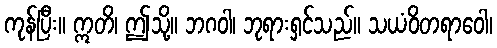
ကုန်ပြီး။ ဣတိ၊ ဤသို့။ ဘဂဝါ၊ ဘုရားရှင်သည်။ သယံဝိတရာဝေါ၊